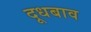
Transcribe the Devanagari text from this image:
दूधबाव